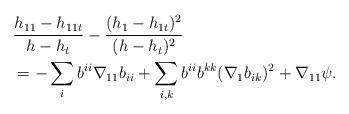
LaTeX: \begin{align*}&\frac{h_{11}-h_{11t}}{h-h_{t}}-\frac{(h_{1}-h_{1t})^{2}}{(h-h_{t})^{2}}\\&=-\sum_{i} b^{ii}\nabla_{11}b_{ii}+\sum_{i,k} b^{ii}b^{kk}(\nabla_{1}b_{ik})^{2}+\nabla_{11}\psi.\end{align*}